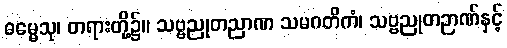
ဓမ္မေသု၊ တရားတို့၌။ သဗ္ဗညုတညာဏ သမဂတိကံ၊ သဗ္ဗညုတဉာဏ်နှင့်